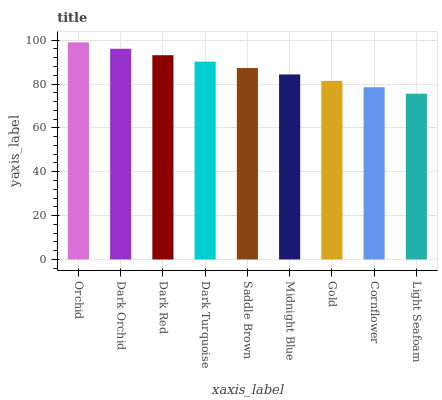
| xaxis_label | bars |
 | --- | --- |
 | Orchid | 99 |
 | Dark Orchid | 96.1 |
 | Dark Red | 93.1 |
 | Dark Turquoise | 90.2 |
 | Saddle Brown | 87.3 |
 | Midnight Blue | 84.4 |
 | Gold | 81.4 |
 | Cornflower | 78.5 |
 | Light Seafoam | 75.6 |